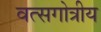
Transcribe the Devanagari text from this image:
वत्सगोत्रीय